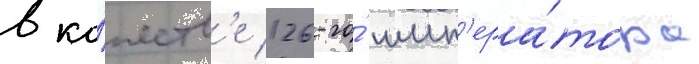
в ка́честв'е 126-го́ имп'ера́тора